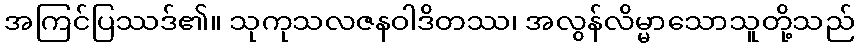
အကြင်ပြဿဒ်၏။ သုကုသလဇနဝါဒိတဿ၊ အလွန်လိမ္မာသောသူတို့သည်